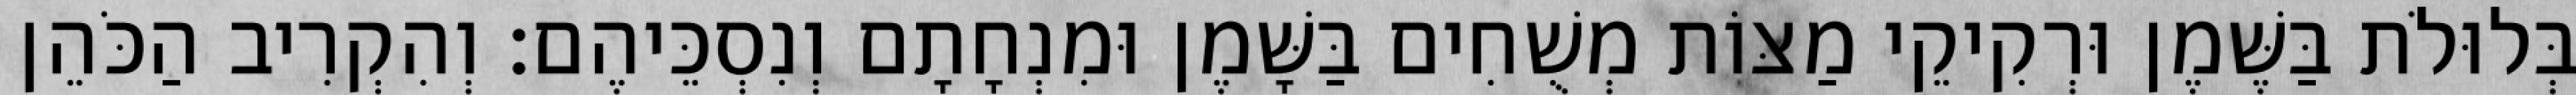
בְּלוּלֹת בַּשֶּׁמֶן וּרְקִיקֵי מַצּוֹת מְשֻׁחִים בַּשָּׁמֶן וּמִנְחָתָם וְנִסְכֵּיהֶם׃ וְהִקְרִיב הַכֹּהֵן